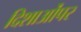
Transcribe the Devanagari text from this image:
दिशाओंपर